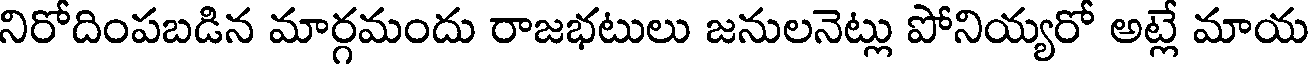
నిరోదింపబడిన మార్గమందు రాజభటులు జనులనెట్లు పోనియ్యరో అట్లే మాయ